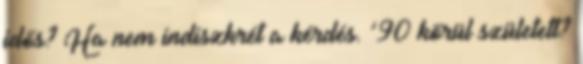
idős? Ha nem indiszkrét a kérdés. ’90 körül született?